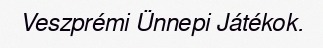
Veszprémi Ünnepi Játékok.